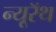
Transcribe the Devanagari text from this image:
न्यूरॅथ